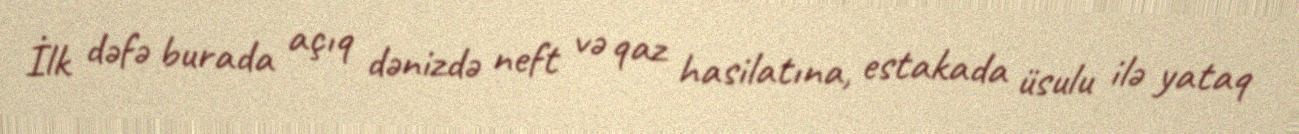
İlk dəfə burada açıq dənizdə neft və qaz hasilatına, estakada üsulu ilə yataq